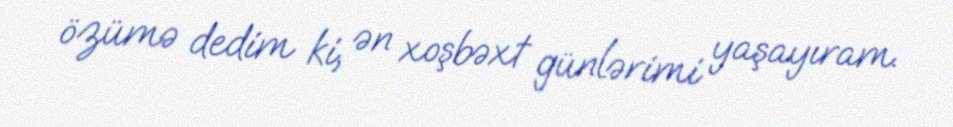
özümə dedim ki, ən xoşbəxt günlərimi yaşayıram.